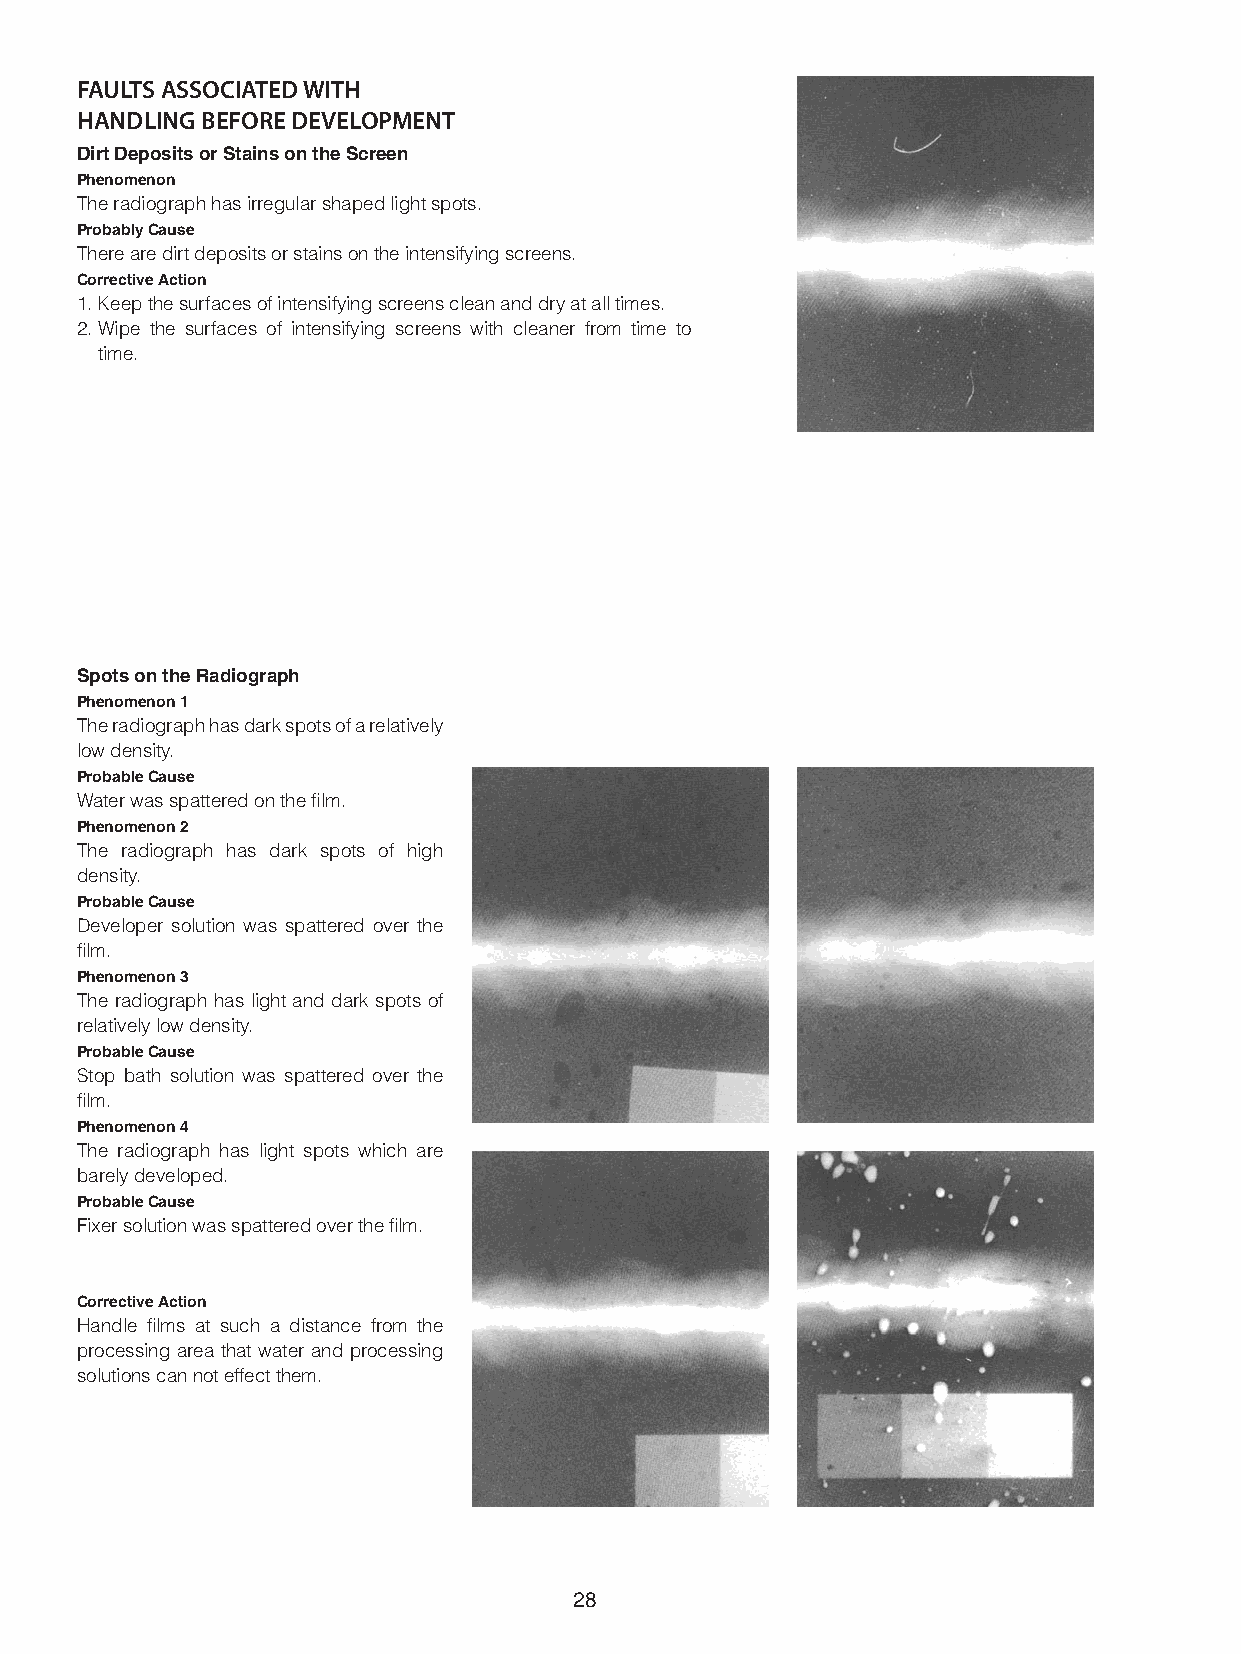
fauLtS aSSocIated WIth
 handLInG Before deVeLoPment
 Dirt Deposits or Stains on the Screen
 Phenomenon
 The radiograph has irregular shaped light spots.
 Probably Cause
 There are dirt deposits or stains on the intensifying screens.
 Corrective Action
 1. Keep the surfaces of intensifying screens clean and dry at all times.
 2. Wipe the surfaces of intensifying screens with cleaner from time to
 time.
 Spots on the Radiograph
 Phenomenon 1
 The radiograph has dark spots of a relatively
 low density.
 Probable Cause
 Water was spattered on the film.
 Phenomenon 2
 The radiograph has dark spots of high
 density.
 Probable Cause
 Developer solution was spattered over the
 film.
 Phenomenon 3
 The radiograph has light and dark spots of
 relatively low density.
 Probable Cause
 Stop bath solution was spattered over the
 film.
 Phenomenon 4
 The radiograph has light spots which are
 barely developed.
 Probable Cause
 Fixer solution was spattered over the film.
 Corrective Action
 Handle films at such a distance from the
 processing area that water and processing
 solutions can not effect them.
 8